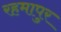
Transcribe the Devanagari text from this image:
रहमापुर